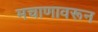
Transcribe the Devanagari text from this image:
मचाणावरून